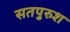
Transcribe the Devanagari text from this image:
सतपुरुश